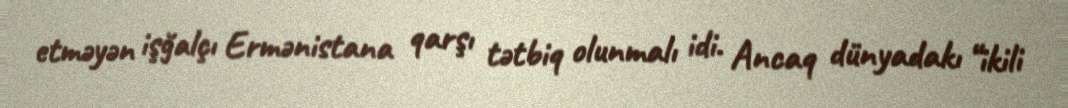
etməyən işğalçı Ermənistana qarşı tətbiq olunmalı idi. Ancaq dünyadakı “ikili